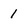
Character: 1